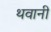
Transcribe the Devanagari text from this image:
थवानी